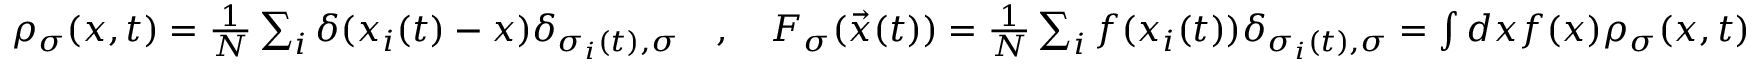
\begin{array} { r } { \rho _ { \sigma } ( x , t ) = \frac { 1 } { N } \sum _ { i } \delta ( x _ { i } ( t ) - x ) \delta _ { \sigma _ { i } ( t ) , \sigma } \quad , \quad F _ { \sigma } ( \vec { x } ( t ) ) = \frac { 1 } { N } \sum _ { i } f ( x _ { i } ( t ) ) \delta _ { \sigma _ { i } ( t ) , \sigma } = \int d x f ( x ) \rho _ { \sigma } ( x , t ) } \end{array}